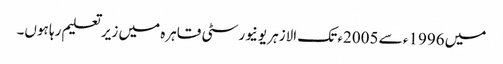
میں 1996ء سے 2005ء تک الازہر یونیورسٹی قاہرہ میں زیر تعلیم رہا ہوں۔